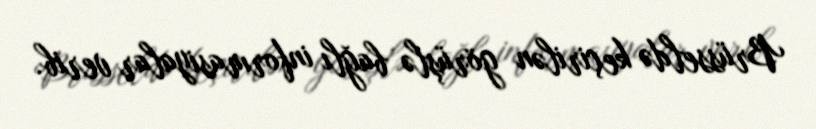
Brüsseldə keçirilən görüşlə bağlı informasiyalar verib.